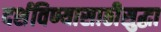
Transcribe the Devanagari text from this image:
दर्शविण्यासाठीसुद्धा